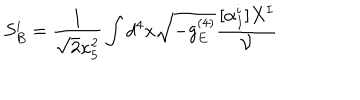
LaTeX: S _ { B } ^ { i } = \frac { 1 } { \sqrt 2 \kappa _ { 5 } ^ { 2 } } \int d ^ { 4 } x \sqrt { - g _ { E } ^ { ( 4 ) } } \frac { [ \alpha _ { I } ^ { i } ] X ^ { I } } { \cal V }